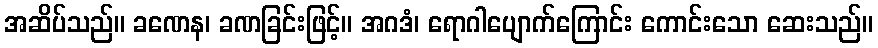
အဆိပ်သည်။ ခဏေန၊ ခဏခြင်းဖြင့်။ အဂဒံ၊ ရောဂါပျောက်ကြောင်း ကောင်းသော ဆေးသည်။